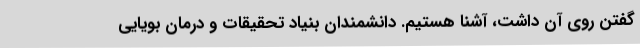
گفتن روی آن داشت، آشنا هستیم. دانشمندان بنیاد تحقیقات و درمان بویایی